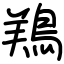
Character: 鴹